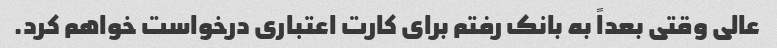
عالی وقتی بعداً به بانک رفتم برای کارت اعتباری درخواست خواهم کرد.